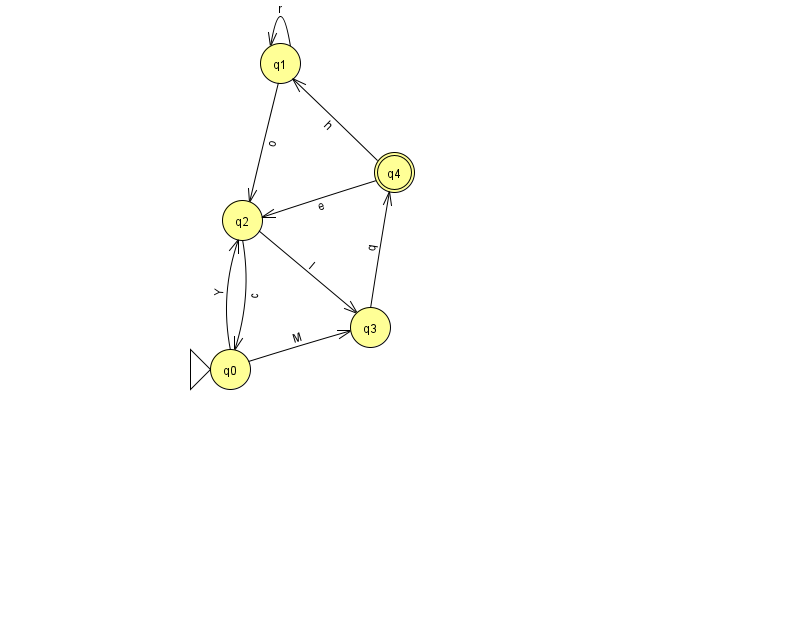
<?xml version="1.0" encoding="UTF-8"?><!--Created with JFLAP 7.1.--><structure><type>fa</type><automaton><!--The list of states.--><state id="0" name="q0"><x>230.0</x><y>356.0</y><initial/></state><state id="1" name="q1"><x>280.0</x><y>50.0</y></state><state id="2" name="q2"><x>242.0</x><y>207.0</y></state><state id="3" name="q3"><x>370.0</x><y>314.0</y></state><state id="4" name="q4"><x>394.0</x><y>159.0</y><final/></state><!--The list of transitions.--><transition><from>0</from><to>2</to><read>Y</read></transition><transition><from>1</from><to>1</to><read>r</read></transition><transition><from>2</from><to>3</to><read>l</read></transition><transition><from>4</from><to>2</to><read>e</read></transition><transition><from>1</from><to>2</to><read>o</read></transition><transition><from>0</from><to>3</to><read>M</read></transition><transition><from>2</from><to>0</to><read>c</read></transition><transition><from>4</from><to>1</to><read>h</read></transition><transition><from>3</from><to>4</to><read>q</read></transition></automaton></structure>